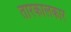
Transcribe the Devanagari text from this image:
तारकालकार